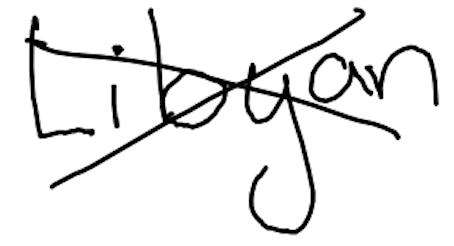
Text: Libyan
Cross-out: cross
Writing tool: digital_black